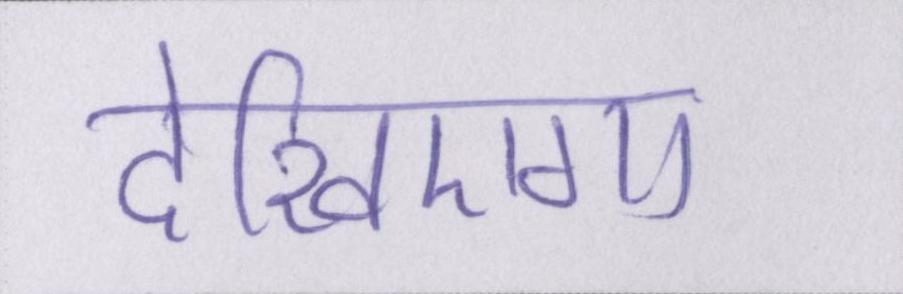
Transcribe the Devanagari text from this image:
देखिएगा